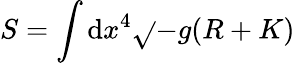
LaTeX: S=\int\mathrm{d}x^{4}\sqrt{}{{-g}}(R+K)